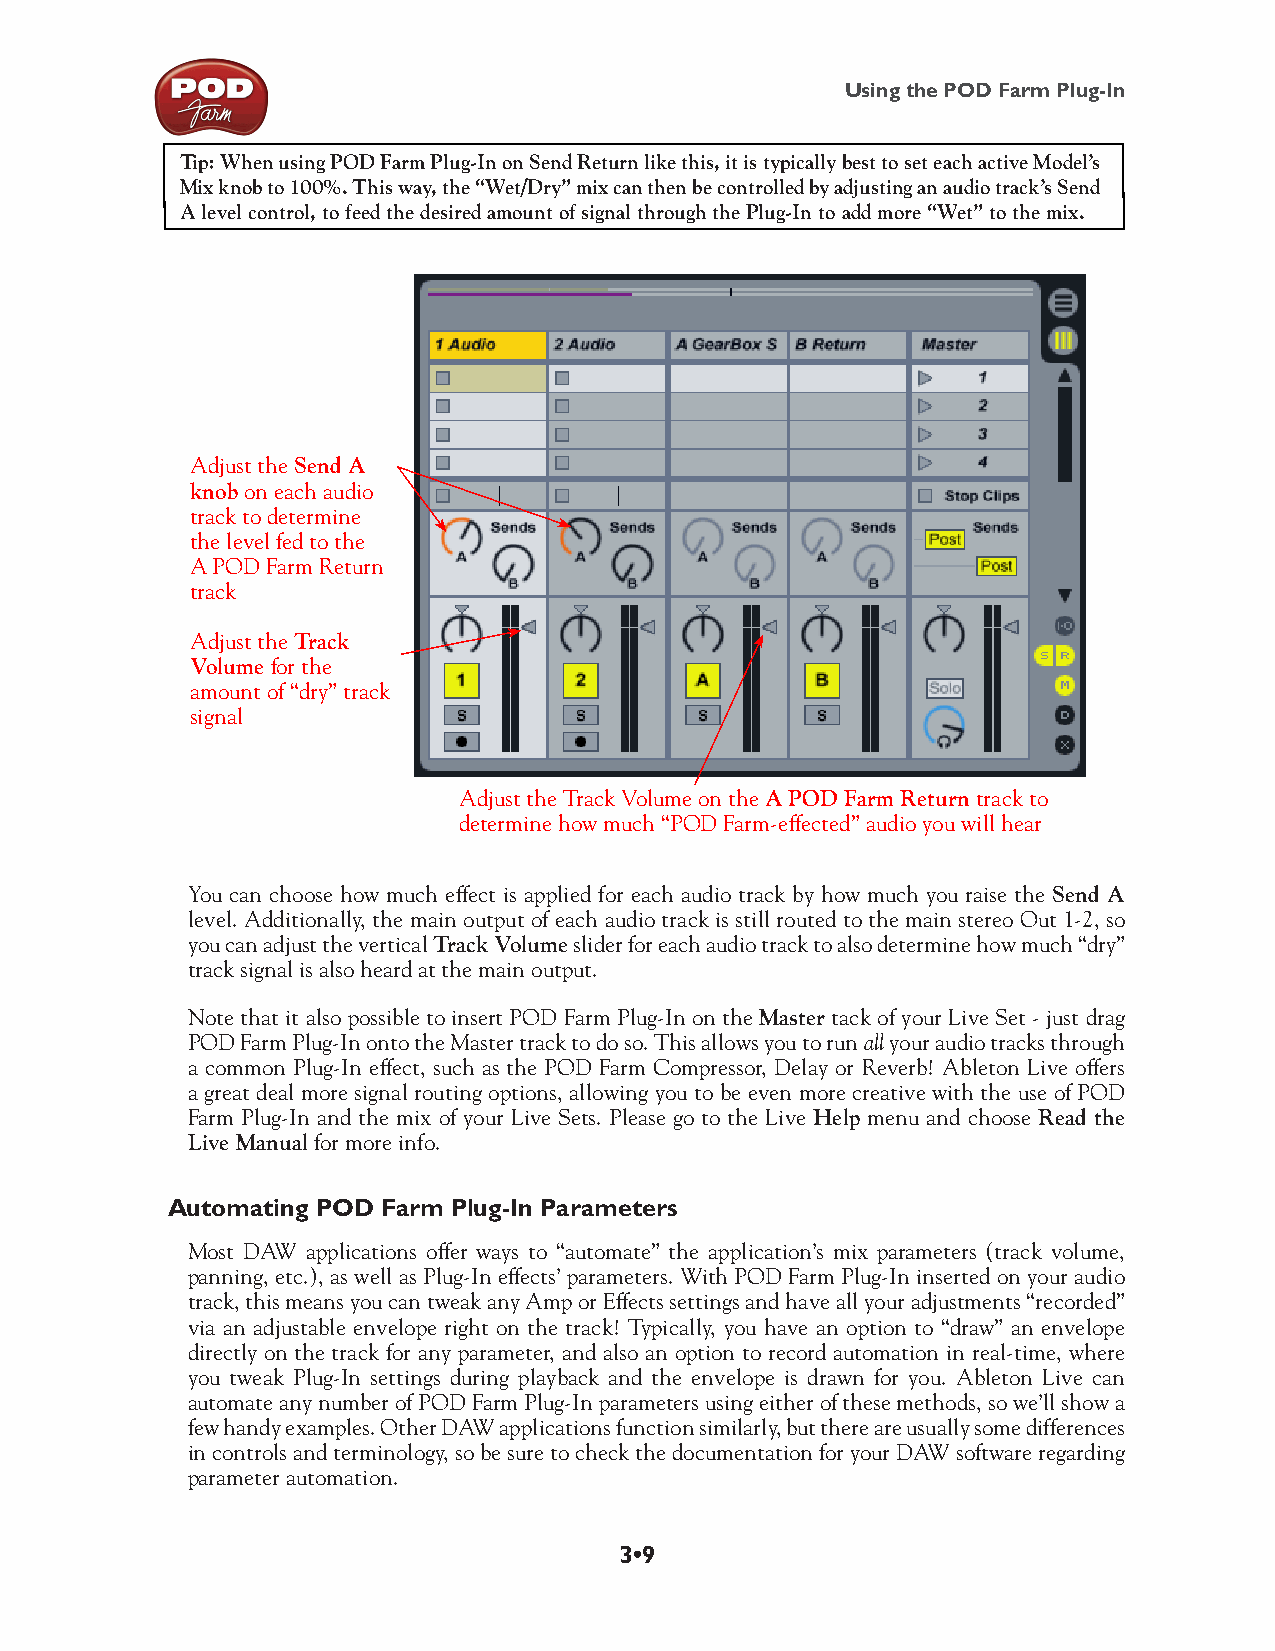
Using the POD Farm Plug-In
 T ip: When using POD Farm Plug-In on Send Return like this, it is typically best to set each active Model’s
 Mix knob to 100%. This way, the “Wet/Dry” mix can then be controlled by adjusting an audio track’s Send
 A level control, to feed the desired amount of signal through the Plug-In to add more “Wet” to the mix.
 Adjust the Send A
 knob on each audio
 track to determine
 the level fed to the
 A POD Farm Return
 track
 Adjust the Track
 Volume for the
 amount of “dry” track
 signal
 Adjust the Track Volume on the A POD Farm Return track to
 determine how much “POD Farm-effected” audio you will hear
 You can choose how much effect is applied for each audio track by how much you raise the Send A
 level. Additionally, the main output of each audio track is still routed to the main stereo Out 1-2, so
 you can adjust the vertical Track Volume slider for each audio track to also determine how much “dry”
 track signal is also heard at the main output.
 Note that it also possible to insert POD Farm Plug-In on the Master tack of your Live Set - just drag
 POD Farm Plug-In onto the Master track to do so. This allows you to run all your audio tracks through
 a common Plug-In effect, such as the POD Farm Compressor, Delay or Reverb! Ableton Live offers
 a great deal more signal routing options, allowing you to be even more creative with the use of POD
 Farm Plug-In and the mix of your Live Sets. Please go to the Live Help menu and choose Read the
 Live Manual for more info.
 Automating POD Farm Plug-In Parameters
 Most DAW applications offer ways to “automate” the application’s mix parameters (track volume,
 panning, etc.), as well as Plug-In effects’ parameters. With POD Farm Plug-In inserted on your audio
 track, this means you can tweak any Amp or Effects settings and have all your adjustments “recorded”
 via an adjustable envelope right on the track! Typically, you have an option to “draw” an envelope
 directly on the track for any parameter, and also an option to record automation in real-time, where
 you tweak Plug-In settings during playback and the envelope is drawn for you. Ableton Live can
 automate any number of POD Farm Plug-In parameters using either of these methods, so we’ll show a
 few handy examples. Other DAW applications function similarly, but there are usually some differences
 in controls and terminology, so be sure to check the documentation for your DAW software regarding
 parameter automation.
 3•9